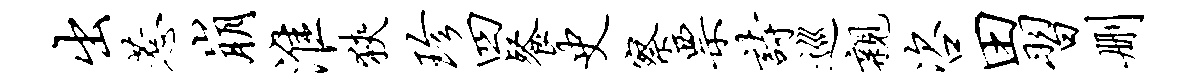
出惹崩淮狭珍四餐史察票诗巡亲咨田习删